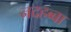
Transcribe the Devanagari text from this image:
नदहब्बा